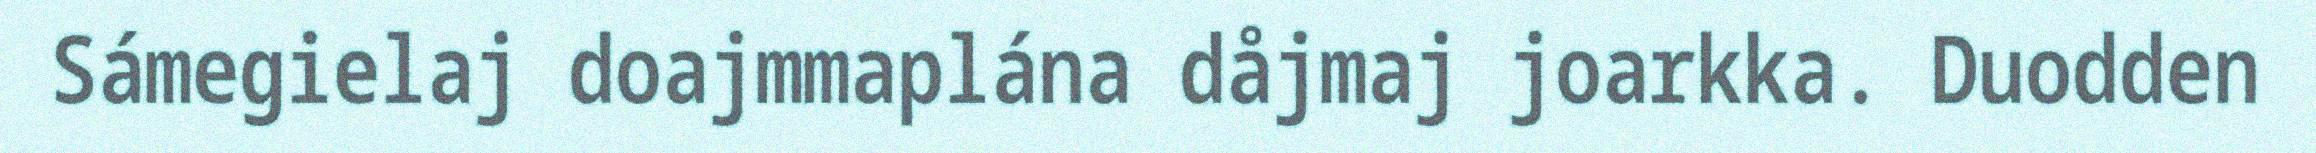
Sámegielaj doajmmaplána dåjmaj joarkka. Duodden